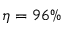
\eta = 9 6 \%